Annual statistical returns and brief notes on vaccination in Bengal - 1909-1929
Year: 1909
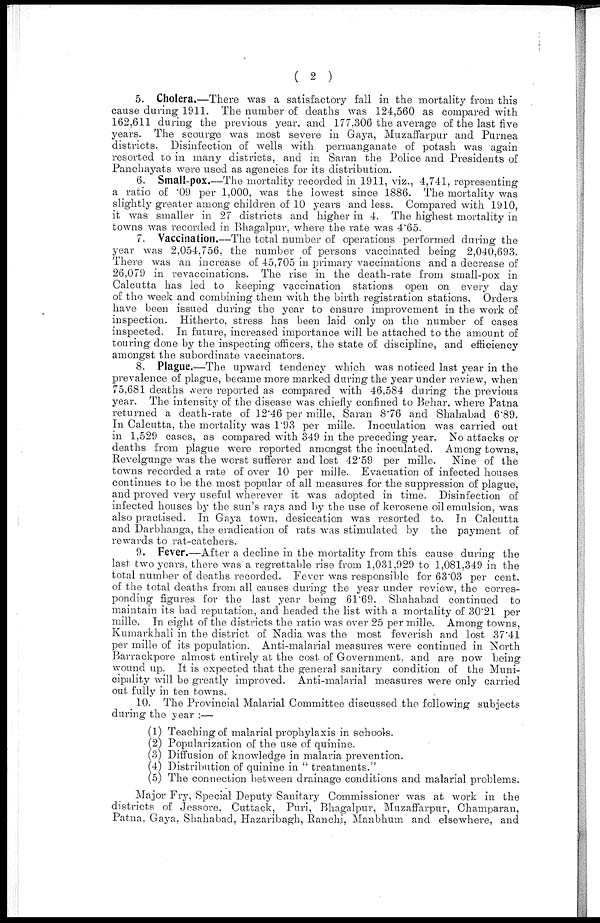
( 2 )
5. Cholera.—There was a satisfactory fall in the mortality from this
cause during 1911. The number of deaths was 124,560 as compared with
162,611 during the previous year, and 177,306 the average of the last five
years. The scourge was most severe in Gaya, Muzaffarpur and Purnea
districts. Disinfection of wells with permanganate of potash was again
resorted to in many districts, and in Saran the Police and Presidents of
Panchayats were used as agencies for its distribution.
6. Small-pox.—The mortality recorded in 1911, viz., 4,741, representing
a ratio of .09 per 1,000, was the lowest since 1886. The mortality was
slightly greater among children of 10 years and less. Compared with 1910,
it was smaller in 27 districts and higher in 4. The highest mortality in
towns was recorded in Bhagalpur, where the rate was 4.65.
7. Vaccination.—The total number of operations performed during the
year was 2,054,756, the number of persons vaccinated being 2,040,693.
There was an increase of 45,705 in primary vaccinations and a decrease of
26,079 in revaccinations. The rise in the death-rate from small-pox in
Calcutta has led to keeping vaccination stations open on every day
of the week and combining them with the birth registration stations. Orders
have been issued during the year to ensure improvement in the work of
inspection. Hitherto, stress has been laid only on the number of cases
inspected. In future, increased importance will be attached to the amount of
touring done by the inspecting officers, the state of discipline, and efficiency
amongst the subordinate vaccinators.
8. Plague.—The upward tendency which was noticed last year in the
prevalence of plague, became more marked during the year under review, when
75,681 deaths were reported as compared with 46,584 during the previous
year. The intensity of the disease was chiefly confined to Behar, where Patna
returned a death-rate of 12.46 per mille, Saran 8.76 and Shahabad 6.89.
In Calcutta, the mortality was 1.93 per mille. Inoculation was carried out
in 1,529 cases, as compared with 349 in the preceding year. No attacks or
deaths from plague were reported amongst the inoculated. Among towns,
Revelgunge was the worst sufferer and lost 42.59 per mille. Nine of the
towns recorded a rate of over 10 per mille. Evacuation of infected houses
continues to be the most popular of all measures for the suppression of plague,
and proved very useful wherever it was adopted in time. Disinfection of
infected houses by the sun's rays and by the use of kerosene oil emulsion, was
also practised. In Gaya town. desiccation was resorted to. In Calcutta
and Darbhanga, the eradication of rats was stimulated by the payment of
rewards to rat-catchers.
9. Fever.—After a decline in the mortality from this cause during the
last two years, there was a regrettable rise from 1,031,929 to 1,081,349 in the
total number of deaths recorded. Fever was responsible for 63.03 per cent.
of the total deaths from all causes during the year under review, the corres-
ponding figures for the last year being 61.69. Shahabad continued to
maintain its bad reputation, and headed the list with a mortality of 30.21 per
mille. In eight of the districts the ratio was over 25 per mille. Among towns,
Kumarkhali in the district of Nadia was the most feverish and lost 37.41
per mille of its population. Anti-malarial measures were continued in North
Barrackpore almost entirely at the cost of Government, and are now being
wound up. It is expected that the general sanitary condition of the Muni-
cipality will be greatly improved. Anti-malarial measures were only carried
out fully in ten towns.
10. The Provincial Malarial Committee discussed the following subjects
during the year :—
(1) Teaching of malarial prophylaxis in schools.
(2) Popularization of the use of quinine.
(3) Diffusion of knowledge in malaria prevention.
(4) Distribution of quinine in " treatments."
(5) The connection between drainage conditions and malarial problems.
Major Fry, Special Deputy Sanitary Commissioner was at work in the
districts of Jessore, Cuttack, Puri, Bhagalpur, Muzaffarpur, Champaran,
Patna, Gaya, Shahabad, Hazaribagh, Ranchi, Manbhum and elsewhere, and